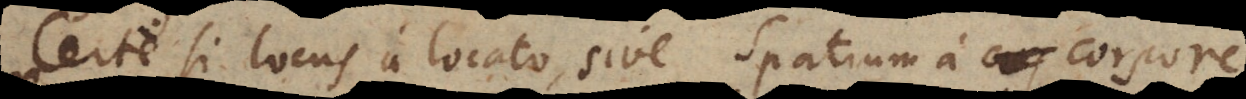
Certe si locus a locato, sive spatium a corpore